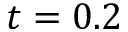
t = 0 . 2